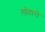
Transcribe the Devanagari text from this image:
लोहारो